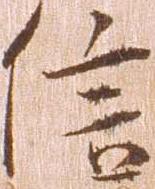
信